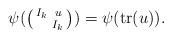
LaTeX: \begin{align*}\psi(\left(\begin{smallmatrix}I_k&u\\&I_k\end{smallmatrix}\right))=\psi(\mathrm{tr}(u)).\end{align*}